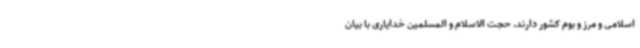
اسلامی و مرز و بوم کشور دارند. حجت الاسلام و المسلمین خدایاری با بیان